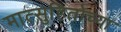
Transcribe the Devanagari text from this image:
मात्सुहितोच्या